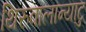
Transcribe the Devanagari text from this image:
थिरुवालान्याटु